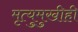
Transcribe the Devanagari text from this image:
मृत्युमुखीही